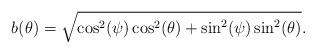
LaTeX: \begin{align*}b(\theta)= \sqrt{\cos^2(\psi)\cos^2(\theta)+\sin^2(\psi)\sin^2(\theta)}.\end{align*}